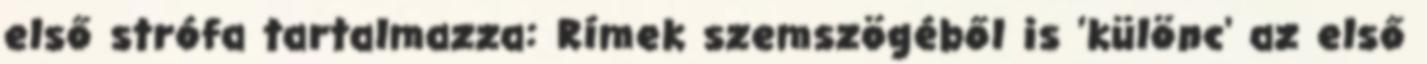
első strófa tartalmazza: Rímek szemszögéből is 'különc' az első